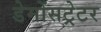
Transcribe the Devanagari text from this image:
डेमोंसट्रेटर